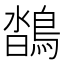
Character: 𪂌